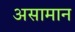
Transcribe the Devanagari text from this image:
असामान